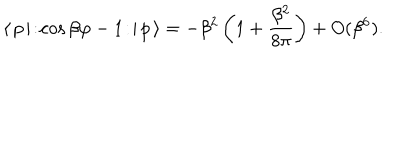
\langle \, p \, | \! : \! \cos \beta \varphi - 1 \! : \! | \, p \, \rangle = - \beta ^ { 2 } \left( 1 + \frac { \beta ^ { 2 } } { 8 \pi } \right) + O ( \beta ^ { 6 } ) .